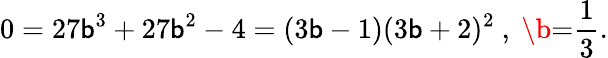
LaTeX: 0=27\mathsf{b}^{3}+27\mathsf{b}^{2}-4=(3\mathsf{b}-1)(3\mathsf{b}+2)^{2}\ ,\ \b{=}\frac{{1}}{{3}}.